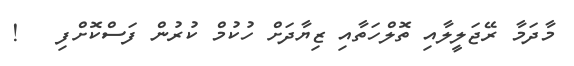
މާދަމާ ރޭޖަލީލާއި ތޮލްހަތާއި ޒިޔާދަށް ހުކުމް ކުރުން ފަސްކޮށްފި   !